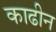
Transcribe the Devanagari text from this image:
काढीन